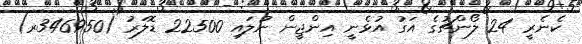
ކެނެރީ 24 ލޯންޗުގެ އަގު އުޅެނީ އިންޖީން ނުލައި 22500 ޑޮލަރު (346950ރ)